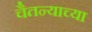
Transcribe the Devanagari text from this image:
चैतन्याच्या